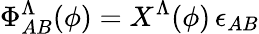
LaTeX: \Phi_{AB}^{\Lambda}(\phi)=X^{\Lambda}(\phi)\, \epsilon_{AB}